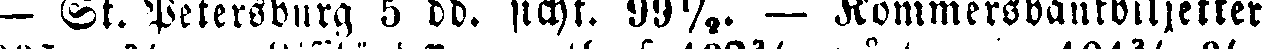
— St. Petersburg 5 dd. sicht. 99½. — Kommersbankbiljetter